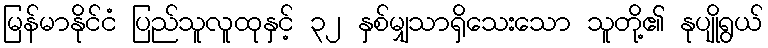
မြန်မာနိုင်ငံ ပြည်သူလူထုနှင့် ၃၂ နှစ်မျှသာရှိသေးသော သူတို့၏ နုပျိုရွယ်